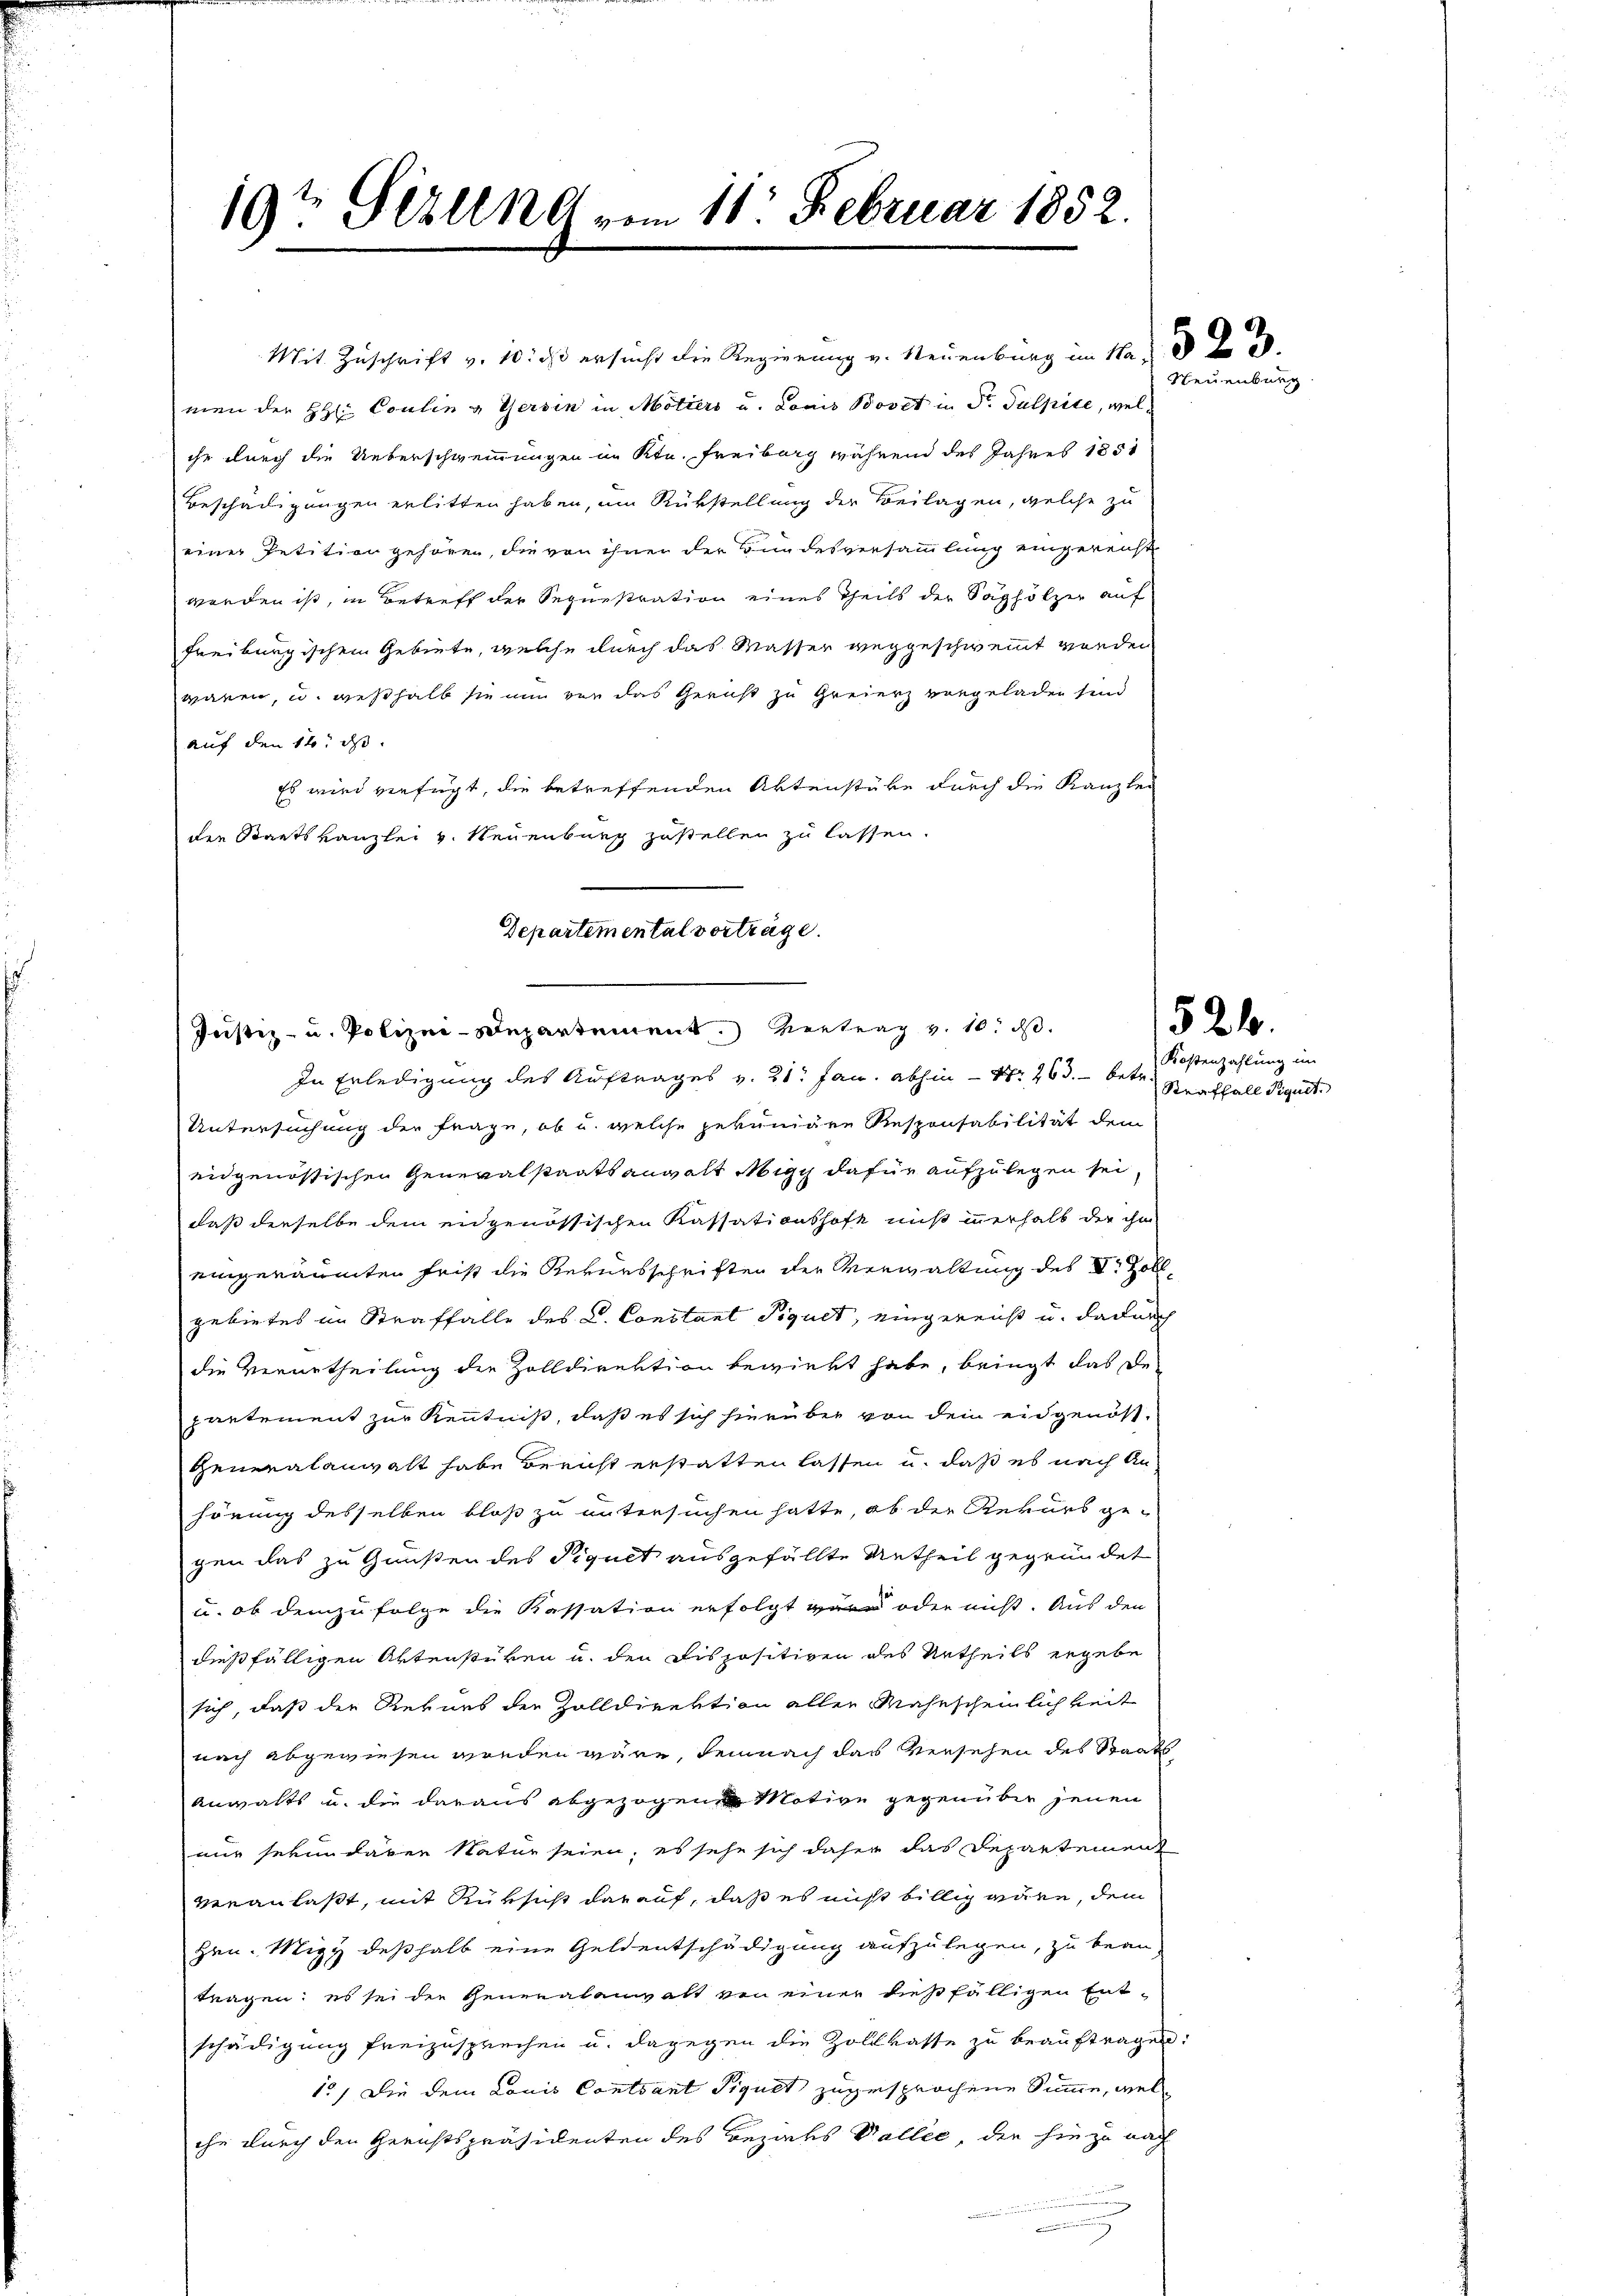
19t Sizung vom 11. Februar 1852.

men der HH: Coulin & Gersin in Motiers u. Louis Bovet in St. Gulpire, wel
ihr durch die Ueberschwemmungen im Ktn. Freiburg während des Jahres 1851
Beschädigungen erlitten haben, um Rükstellung der Beilagen, welche zu
einer Petition gehören, die von ihnen der Bundesversammlung eingereicht
werden ist, in Betreff der Sequestration eines Theils der Sagholzer auf
freiburgischem Gebiete, welche durch das Wasser vergeschwemmt worder
wären, u. weshalb sie nun von das Gericht zu Greierz vorgeladen sind
auf den 12. d.
Es wird verfügt, die betreffenden Aktenstüke durch die Kanzlei
den Staatskanzlei v. Neuenburg zustellen zu lassen.
Departemental vorträge.

Mit Zuschrift v. 10. ds ersucht die Regierung v. Neuenburg im Na

Justiz- u. Polizei-Departement. Vertrag v. 10. ds.
In Erledigung des Auftrages v. 21. Jan. abhin – Nr. 263. betr.

Untersuchung der Frage, ob u. welche gekuniäre Responsabilität dem
eidgenössischen Generalstaatsanwalt Migg dafür aufzulegen sei,
daß derselbe dem eidgenössischen Kassationshofe miß innerhalb der ihn
eingeräumten Frist die Reversschriften der Verwaltung des V. Zollgebietes in Straffalle des L. Constant Piquet, eingereicht u. dadurch
die Verurtheilung der Zolldirektion bewirkt habe, bringt das De-
partement zur Kenntniß, daß es sich hierüber von dem eidgenös-
Generalanwalt habe Bericht erstatten lassen u. daß es nach An-
hörung desselben bloß zu untersuchen hatte, ob der Rekurs ge-
gen das zu Gunsten des Siquet ausgefällte Antheil gegründet
u. ob demzufolge die Kassation erfolgt wer oder nicht. Aus den
dießfälligen Aktenstüken u. den Dispositiven des Urtheils ergebe
sich, daß der Revues der Zolldirektion aller Wahrscheinlichkeit
nach abgewiesen wreden wäre, demnach das Versehen des Staats
Anwalts u. die daraus abgezogene Motive gegenüber jenen
nur sekundären Natur seien; es sehe sich daher das Departement
veranlaßt, mit Rüksicht darauf, daß es nicht billig wäre, dem
Hrn. Migy deßhalb eine Geldentschädigung aufzulegen, zu bean-
tragen; es sei die Generalanwalt von einer dießfälligen Ent-
schädigung freizusprechen u. dagegen die Zollvasse zu beauftragen
15) Die dem Louis Contrant Piquet zugesprochene Summe, welche durch den Gerichtspräsidenten des Bezirks Vallee, der hiezu nach
.

Neuenburg

521.

Kostenzahlung im
Straffall Signet.